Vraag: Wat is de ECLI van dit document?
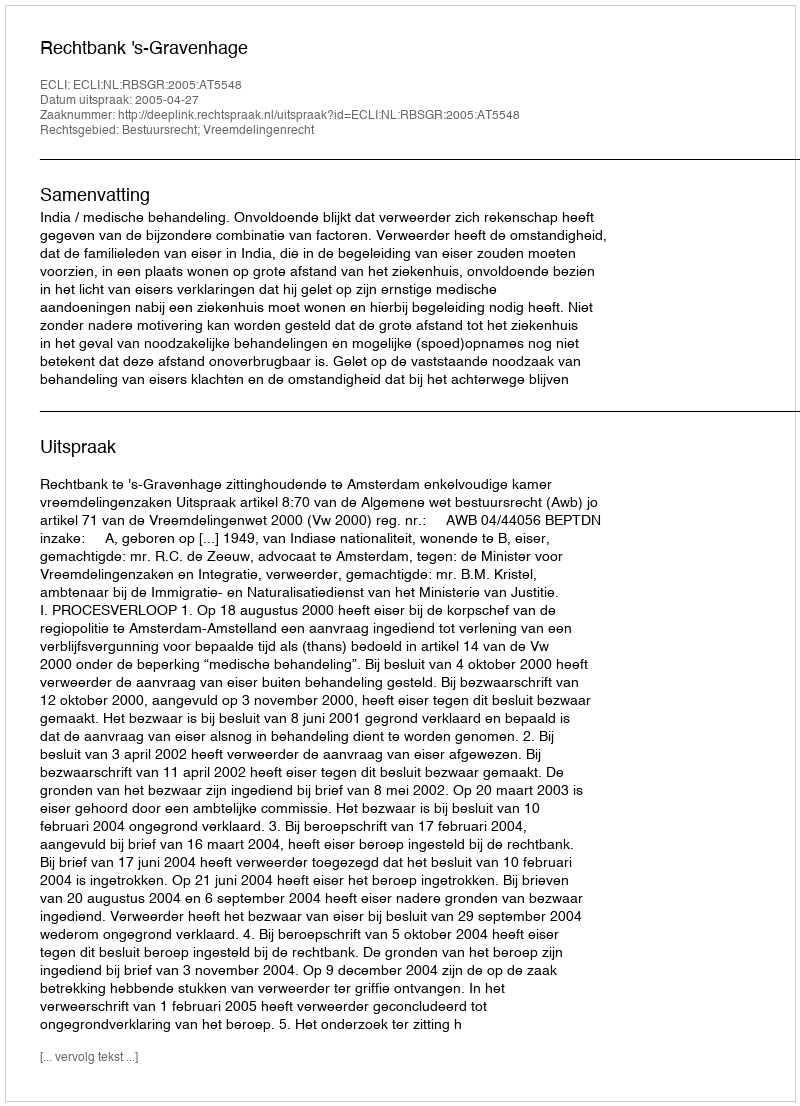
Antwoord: ECLI:NL:RBSGR:2005:AT5548